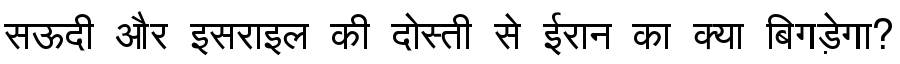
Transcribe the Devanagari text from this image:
सऊदी और इसराइल की दोस्ती से ईरान का क्या बिगड़ेगा?